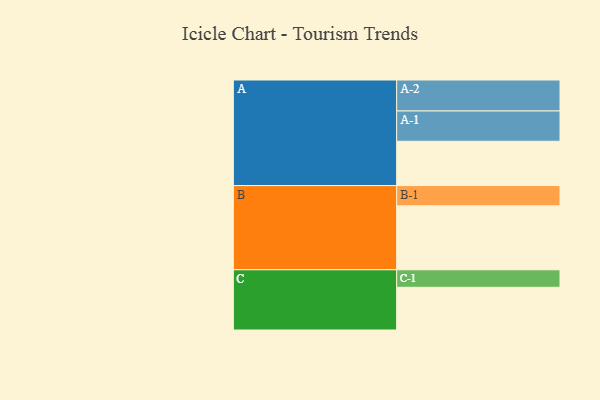
{"axis": {"x": "Segment", "y": "Value"}, "legend": ["", "A", "B", "C"], "data": [{"x": "A", "y": 415, "type": ""}, {"x": "B", "y": 599, "type": ""}, {"x": "C", "y": 400, "type": ""}, {"x": "A-1", "y": 284, "type": "A"}, {"x": "A-2", "y": 290, "type": "A"}, {"x": "B-1", "y": 190, "type": "B"}, {"x": "C-1", "y": 164, "type": "C"}]}